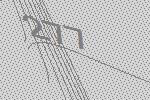
277